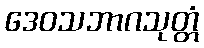
ဒေဝသဘာဂသုတ္တံ